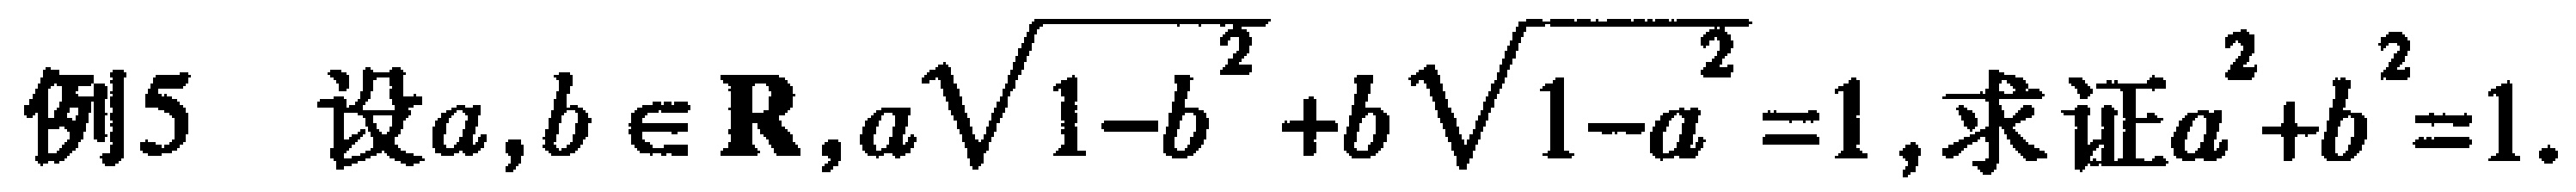
例5 设\(a,b\in \mathbf{R},a\sqrt{1 - b^{2}}+b\sqrt{1 - a^{2}} = 1\),求证\(a^{2}+b^{2}=1\).